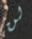
لن